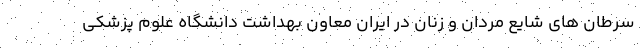
سرطان های شایع مردان و زنان در ایران معاون بهداشت دانشگاه علوم پزشکی